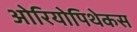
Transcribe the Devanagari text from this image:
ओरियोपिथेकस